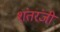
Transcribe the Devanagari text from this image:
शंतरंजी